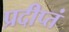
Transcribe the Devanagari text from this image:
प्रदीप्तं